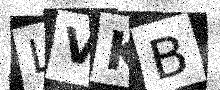
Text: LVKB